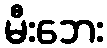
မီးဘေး